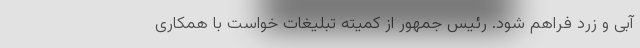
آبی و زرد فراهم شود. رئیس جمهور از کمیته تبلیغات خواست با همکاری